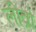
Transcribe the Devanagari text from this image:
लीव्रो